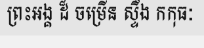
ព្រះអង្គ ដ៏ ចម្រើន ស្ទឹង កកុធៈ